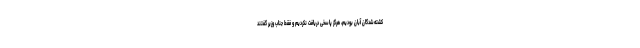
کشته‌شدگان آبان بودیم، هرگز پاسخی دریافت نکردیم و فقط جناب وزیر گفتند